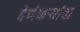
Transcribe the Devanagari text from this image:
देणेकऱ्यांचा